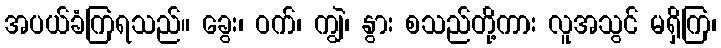
အပယ်ခံကြရသည်။ ခွေး၊ ဝက်၊ ကျွဲ၊ နွား စသည်တို့ကား လူအသွင် မရှိကြ၊